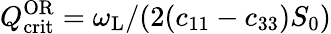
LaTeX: Q_{\mathrm{crit}}^{\mathrm{OR}}=\omega_{\mathrm{L}}/(2(c_{11}-c_{33})S_{0})